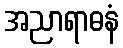
အညာရာဓနံ